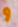
و